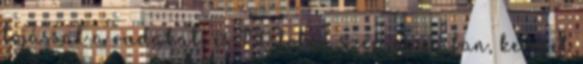
tojással a rudakat, és 180 fokon szép nyugiban, keveset